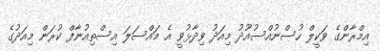
އިމްރާންގެ ވަކީލް ހުސްނުއްސުއޫދު މިއަދު ވިދާޅުވީ އެ މައްސަލަ އިސްތިއުނާފް ކުރަން މިއަދުގެ